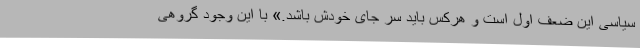
سیاسی این ضعف اول است و هرکس باید سر جای خودش باشد.» با این وجود گروهی